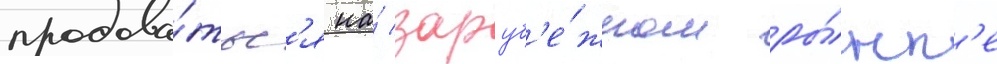
продава́тьс'я на́ заруб'е́жном ры́нк'е